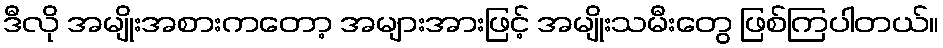
ဒီလို အမျိုးအစားကတော့ အများအားဖြင့် အမျိုးသမီးတွေ ဖြစ်ကြပါတယ်။